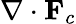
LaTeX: \nabla\cdot\mathbf{F}_{c}